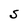
Character: S